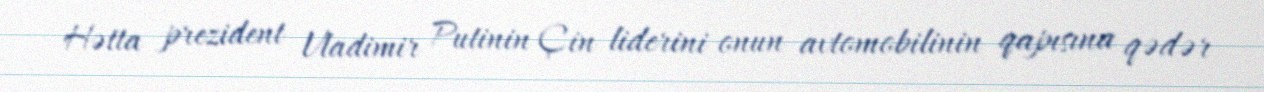
Hətta prezident Vladimir Putinin Çin liderini onun avtomobilinin qapısına qədər